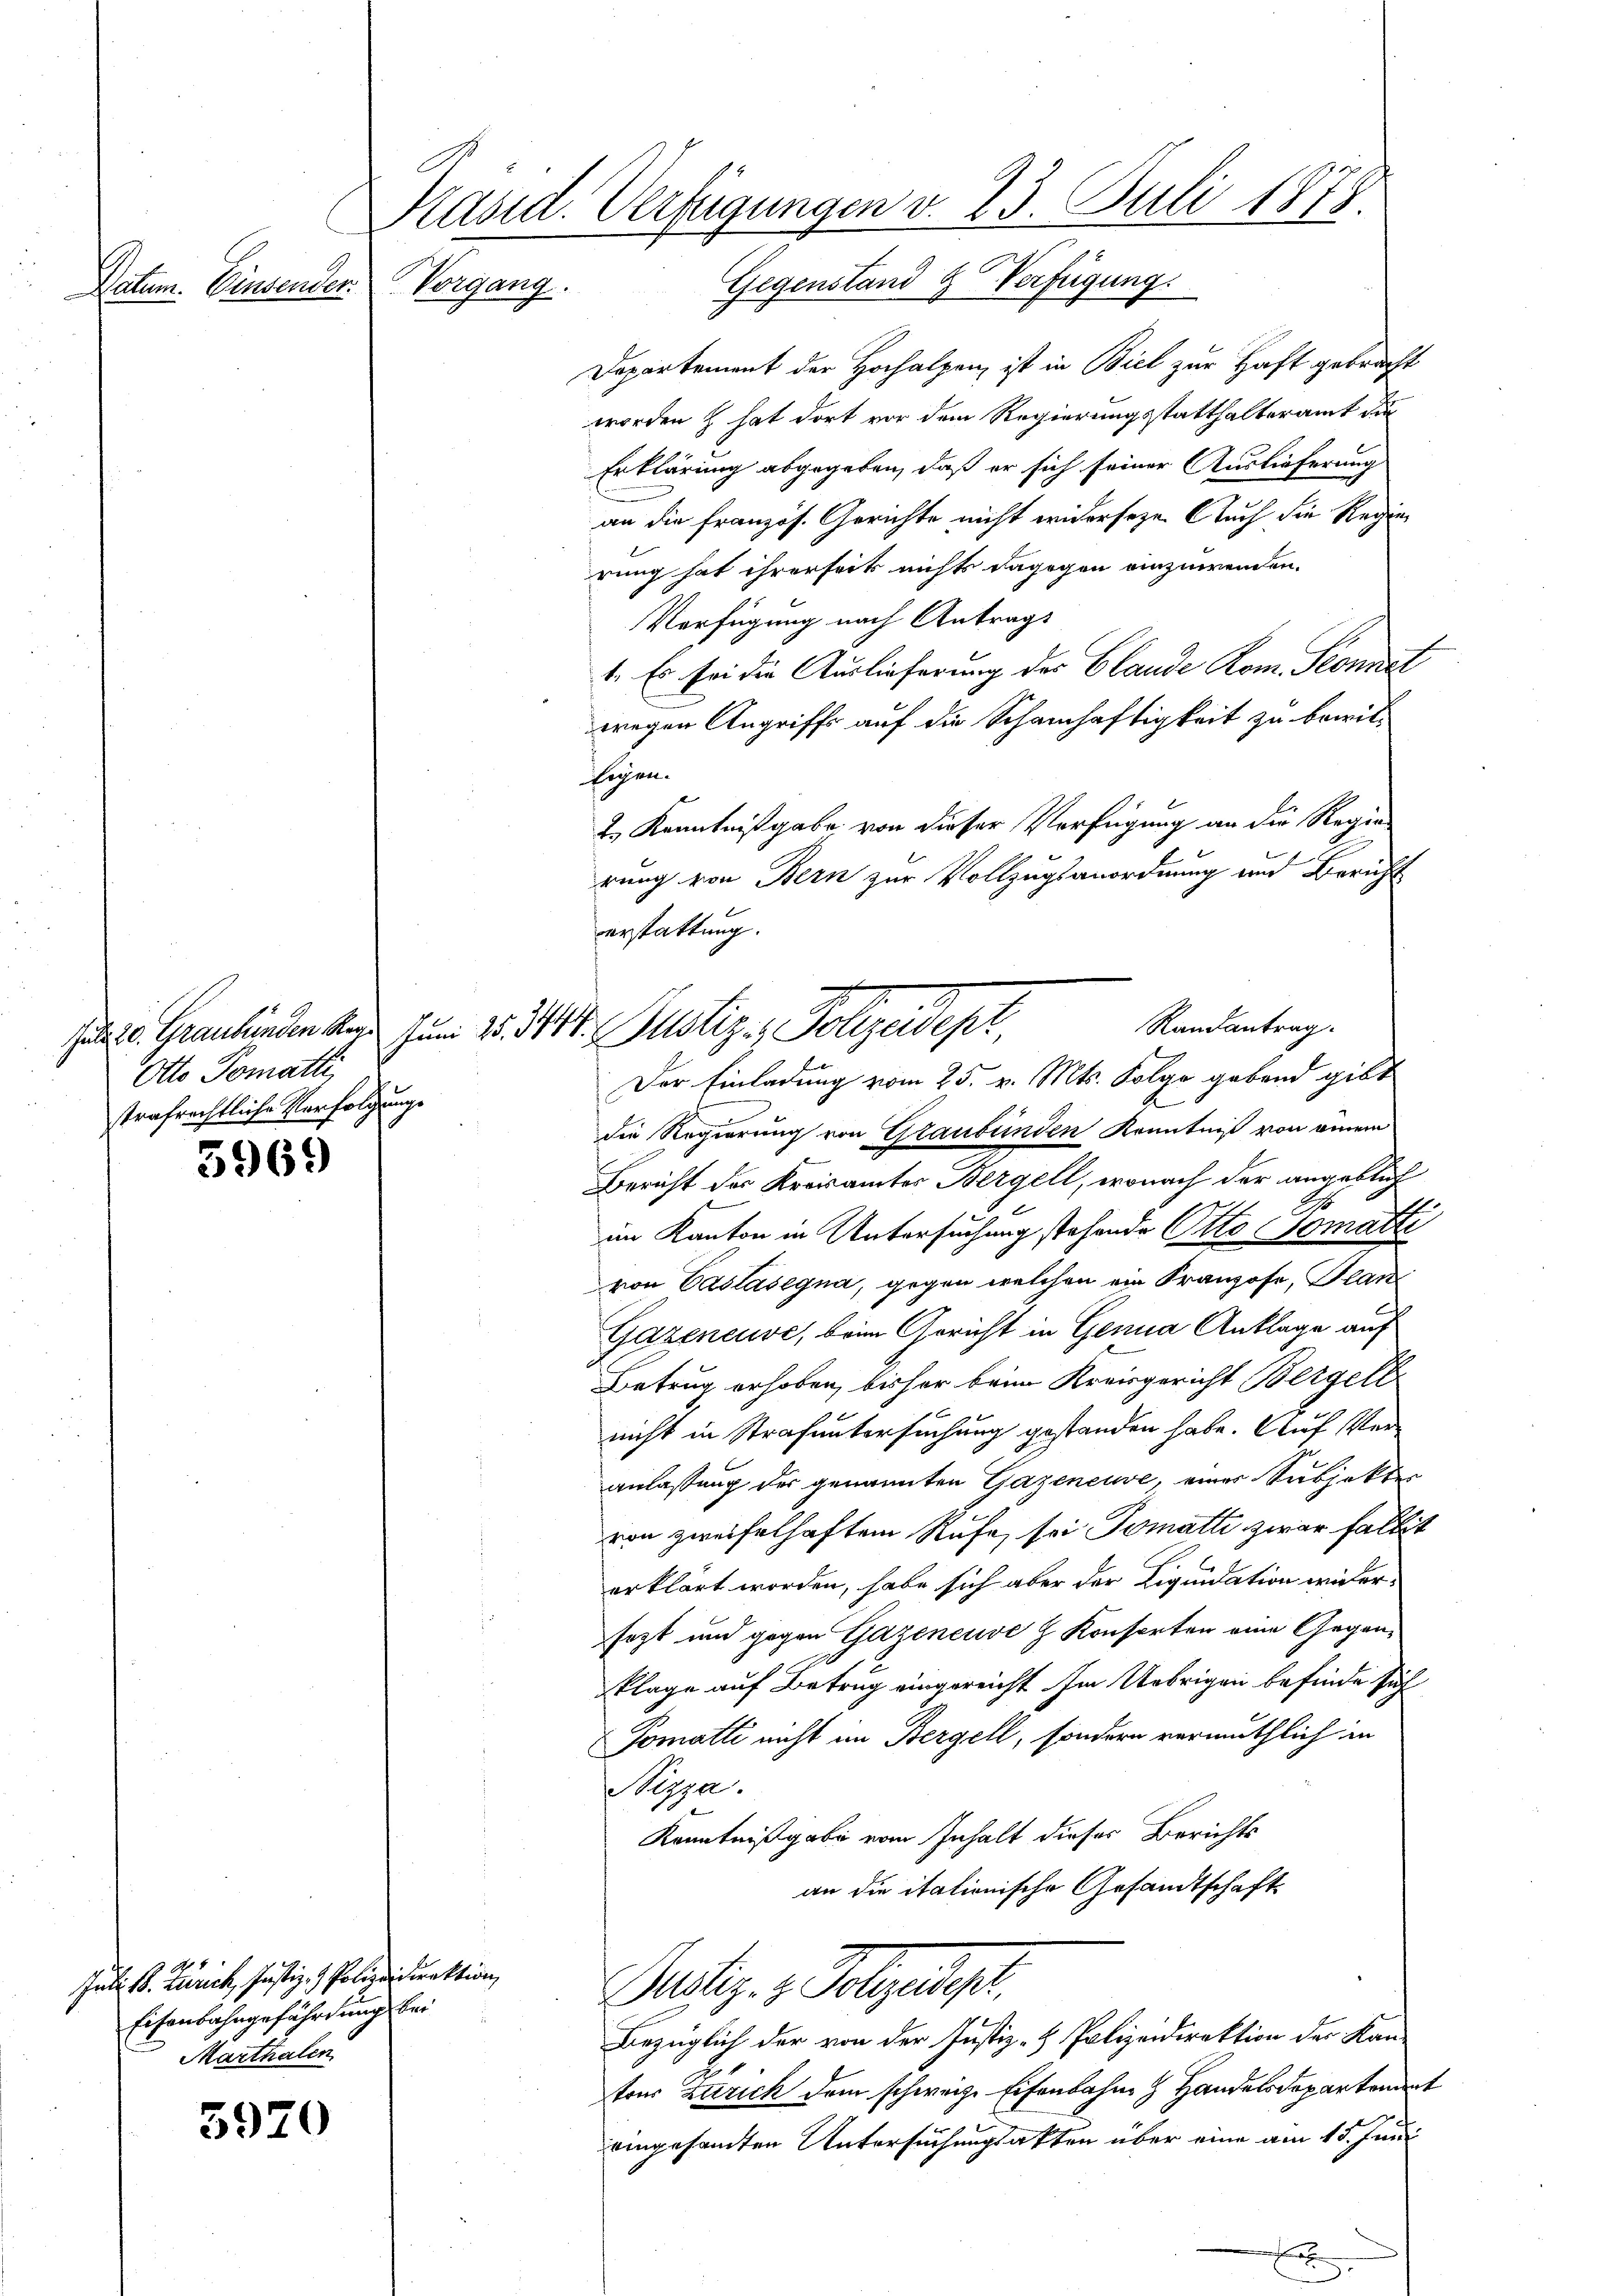
Datum. Einsender

suls 20. Graubünden Reg¬
Otto Tomatte,
strafrechtliche Verfolgunge

5969

Juli 18. Zürich, Justiz- & Polizeidirektion,
Eisenbahngefährdung bei
Marthalen

5920

Präsid. Verfügungen v. 23. Juli 1879
Vorgang. Gegenstand & Verfügung

Juni 15. 379

Departement der Hochalpen ist in Biel zur Haft gebracht
worden & hat dort vor dem Regierungsstatthalteramt die
Erklärung abgegeben, daß er sich seiner Auslieferung
an die französ. Gerichte nicht widerseze. Auch die Regierung hat ihrerseck nichts dagegen einzuwenden.
Verfügung nach Antrags
1. Es sei die Auslieferung des Blande Rom. Sonnet
wegen Angriffs auf die Schamhaftigkeit zu bewil-
Eigen.
2.) Kenntnißgabe von dieser Verfügung an die Regie
rung von Bern zur Vollzugsanordnung und Bericht
Randantrag.
Der Einladung vom 25. v. Mts. Folge gebend gibt
.
die Regierung von Graubünden Kenntniß von einem
Bericht der Kreisamter Bergell, wonach der angeblich
im Kanton in Untersuchung stehende Otto (Somatte
von Castasegna, gegen welchen ein Franzose, Plan
Gazeneuve, beim Gericht in Genua Anklage auf
Betrug erhoben, bisher beim Kreisgericht Bergell
nicht in Strafuntersuchung gestanden habe. Auf Veranlaßung der genannten Gazeneuve, einer Subjekter
von zweifelhaftem Rufe, sei Tomati zwar falle
erklärt worden, habe sich aber der Liquidation widersezt und gegen Gazeneuve z. Konferten eine Gegenklage auf Betrug eingereicht. Im Uebrigen befinde sich
Pomatti nicht im Bergell, sondern vermuthlich in
izza.
Kenntnißgabe vom Inhalt dieser Berichts
an die itationische Gesandtschaft
Justiz- & Polizeiger.
Bezüglich der von der Justiz- & Polizeidirektion der Kan-
tres Zürich dem schweiz. Eisenbahn & Handelsdepartemen
eingesamten Untersuchungsakten über eine am 15. Juni

erstattung.
1
Meutige, Folgendesr